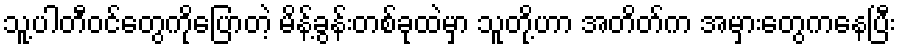
သူ့ပါတီဝင်တွေကိုပြောတဲ့ မိန့်ခွန်းတစ်ခုထဲမှာ သူတို့ဟာ အတိတ်က အမှားတွေကနေပြီး